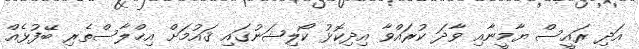
އަދި ރައީސް ޔާމީނާއި ވާދަ ކުރައްވާ އިދިކޮޅު ކޯލިޝަނުގައި ޤައުމަށް އިޚްލާސްތެރި ބޭފުޅެއް